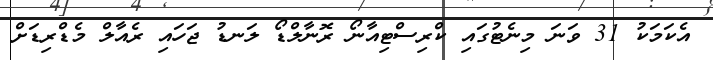
އެކަމަކު 31 ވަނަ މިނެޓުގައި ކްރިސްޓިއާނޯ ރޮނާލްޑޯ ލަނޑު ޖަހައި ރެެއާލް މެޑްރިޑަށް